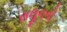
સલૂનનો